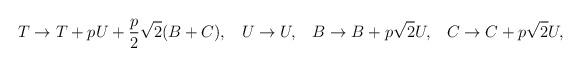
LaTeX: \begin{align*}T \rightarrow T+ p U + \frac{p}{2} \sqrt{2 }(B+C),\;\;\;U\rightarrow U,\;\;\;B \rightarrow B + p \sqrt{2}U,\;\;\;C \rightarrow C + p \sqrt{2 }U,\end{align*}